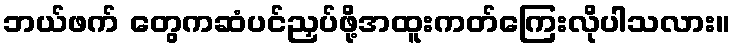
ဘယ်ဖက် တွေကဆံပင်ညှပ်ဖို့အထူးကတ်ကြေးလိုပါသလား။